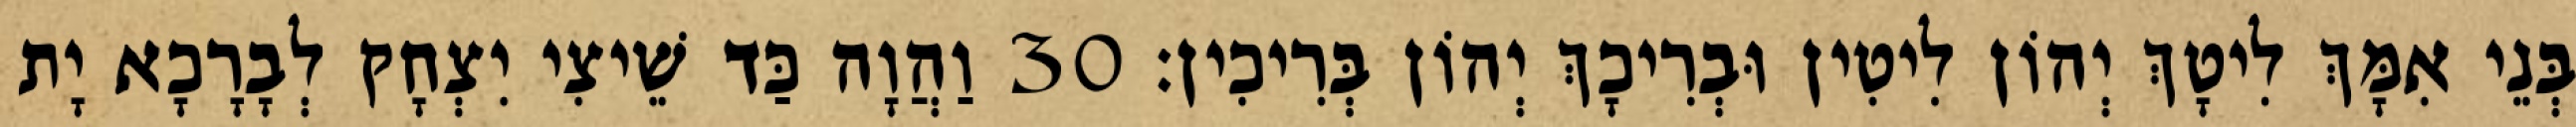
בְּנֵי אִמָּךְ לִיטָךְ יְהוֹן לִיטִין וּבְרִיכָךְ יְהוֹן בְּרִיכִין׃ 30 וַהֲוָה כַּד שֵׁיצִי יִצְחָק לְבָרָכָא יָת